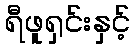
ရီဖူရှင်းနှင့်